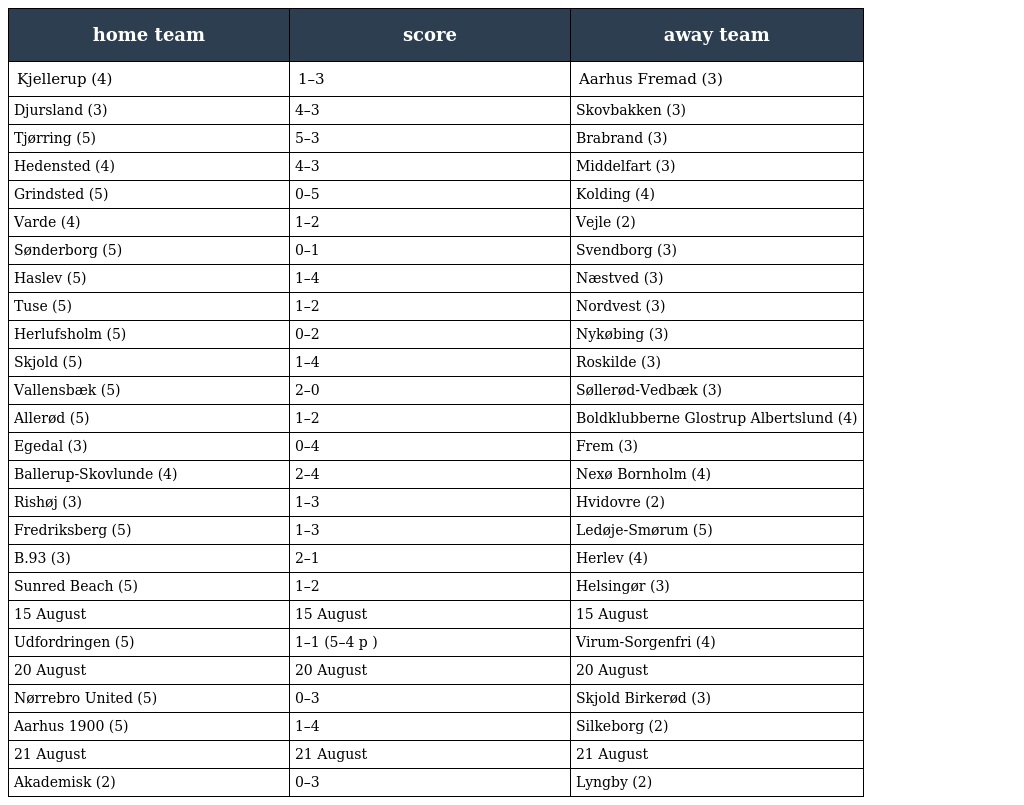
| home team | score | away team |
 | --- | --- | --- |
 | Kjellerup (4) | 1–3 | Aarhus Fremad (3) |
 | Djursland (3) | 4–3 | Skovbakken (3) |
 | Tjørring (5) | 5–3 | Brabrand (3) |
 | Hedensted (4) | 4–3 | Middelfart (3) |
 | Grindsted (5) | 0–5 | Kolding (4) |
 | Varde (4) | 1–2 | Vejle (2) |
 | Sønderborg (5) | 0–1 | Svendborg (3) |
 | Haslev (5) | 1–4 | Næstved (3) |
 | Tuse (5) | 1–2 | Nordvest (3) |
 | Herlufsholm (5) | 0–2 | Nykøbing (3) |
 | Skjold (5) | 1–4 | Roskilde (3) |
 | Vallensbæk (5) | 2–0 | Søllerød-Vedbæk (3) |
 | Allerød (5) | 1–2 | Boldklubberne Glostrup Albertslund (4) |
 | Egedal (3) | 0–4 | Frem (3) |
 | Ballerup-Skovlunde (4) | 2–4 | Nexø Bornholm (4) |
 | Rishøj (3) | 1–3 | Hvidovre (2) |
 | Fredriksberg (5) | 1–3 | Ledøje-Smørum (5) |
 | B.93 (3) | 2–1 | Herlev (4) |
 | Sunred Beach (5) | 1–2 | Helsingør (3) |
 | 15 August | 15 August | 15 August |
 | Udfordringen (5) | 1–1 (5–4 p ) | Virum-Sorgenfri (4) |
 | 20 August | 20 August | 20 August |
 | Nørrebro United (5) | 0–3 | Skjold Birkerød (3) |
 | Aarhus 1900 (5) | 1–4 | Silkeborg (2) |
 | 21 August | 21 August | 21 August |
 | Akademisk (2) | 0–3 | Lyngby (2) |